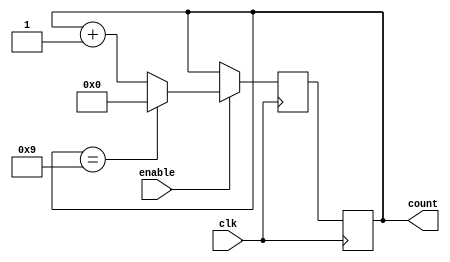
module bcd_up_counter(
    input clk,
    input enable,
    output reg [3:0] count
);

reg [3:0] next_count;

always @(posedge clk) begin
    if(enable) begin
        next_count = (count == 4'h9) ? 4'h0 : count + 1;
    end else begin
        next_count = count;
    end
end

always @(posedge clk) begin
    count <= next_count;
end

endmodule